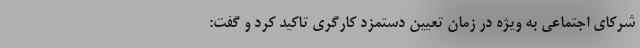
شرکای اجتماعی به ویژه در زمان تعیین دستمزد کارگری تاکید کرد و گفت: